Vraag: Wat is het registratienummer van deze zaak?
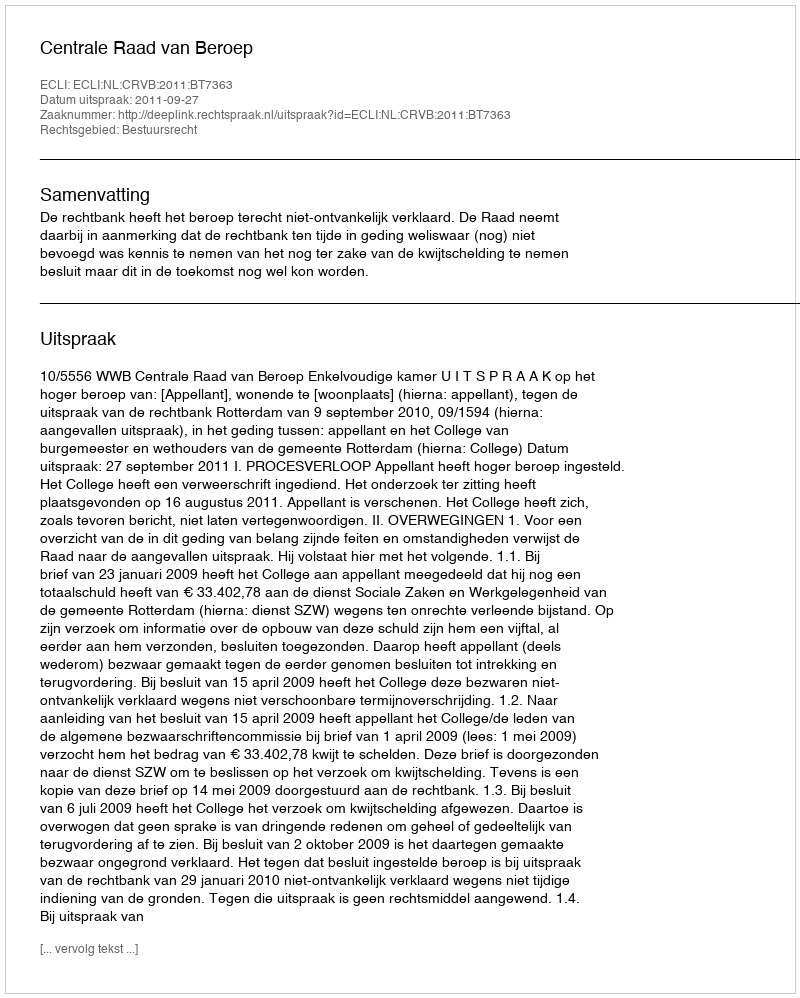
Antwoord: http://deeplink.rechtspraak.nl/uitspraak?id=ECLI:NL:CRVB:2011:BT7363